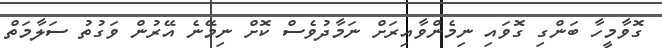
ގޮވާމީހާ ބަންގި ގޮވައި ނިމެންވާއިރަށް ނަމާދުވެސް ކޮށް ނިމޭނެ އޭރުން ވަގުތު ސަލާމަތް